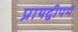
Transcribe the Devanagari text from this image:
प्रायद्वीपमें